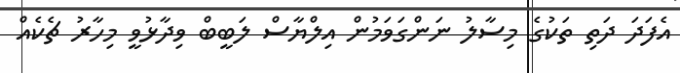
އެފަދަ ދަތި ތަކުގެ މިސާލު ނަންގަވަމުން އިލްޔާސް ލަބީބް ވިދާޅުވީ މިހާރު ޗެކެއް